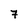
Character: 7